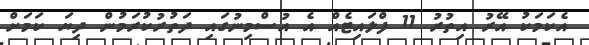
އެކަމަކު އޭރު އިތުރު 11 ފްލައިޓެއް އެ އުސްމިނުގައި ދަތުރުކުރަމުން ދިޔަ ކަމަށް